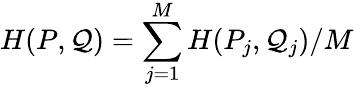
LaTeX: H(P,\mathcal{Q})=\sum_{j=1}^{M}H(P_{j},\mathcal{Q}_{j})/M